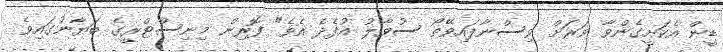
ޑީން އެކަށީގެންވާ ވަރަށް ވިސްނާފައިވޭތޯ ސުވާލު އުފެދެ އެވެ" ފޮރިން މިނިސްޓްރީގެ ބަޔާނުގައިވެ